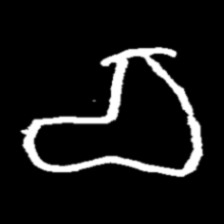
Pyu character \u2014 Myanmar letter: စ (romanized: ca)